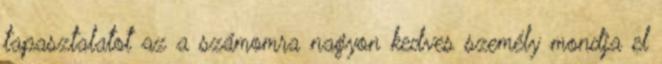
tapasztalatot az a számomra nagyon kedves személy mondja el